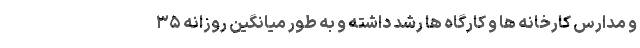
و مدارس کارخانه ها و کارگاه ها رشد داشته و به طور میانگین روزانه ۳۵